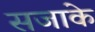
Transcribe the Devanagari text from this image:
सजाके